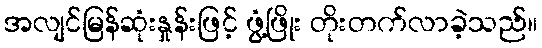
အလျင်မြန်ဆုံးနှုန်းဖြင့် ဖွံ့ဖြိုး တိုးတက်လာခဲ့သည်။